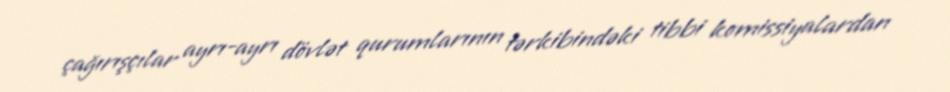
çağırışçılar ayrı-ayrı dövlət qurumlarının tərkibindəki tibbi komissiyalardan